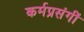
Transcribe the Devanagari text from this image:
कर्मप्रसंगीं